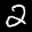
Label: 2